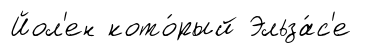
Йол'ен кото́рый Эльза́с'е